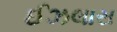
ઈઝલાસ